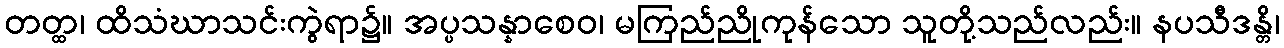
တတ္ထ၊ ထိသံဃာသင်းကွဲရာ၌။ အပ္ပသန္နာစေဝ၊ မကြည်ညိုကုန်သော သူတို့သည်လည်း။ နပသီဒန္တိ၊